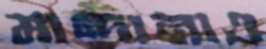
মান্দানাও